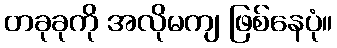
တခုခုကို အလိုမကျ ဖြစ်နေပုံ။